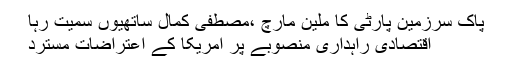
پاک سرزمین پارٹی کا ملین مارچ ،مصطفی کمال ساتھیوں سمیت رہا
اقتصادی راہداری منصوبے پر امریکا کے اعتراضات مسترد